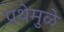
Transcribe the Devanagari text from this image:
प्रथेमुळे